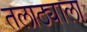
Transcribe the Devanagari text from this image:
तलाठ्याला